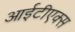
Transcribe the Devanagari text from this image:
आईटीएक्स